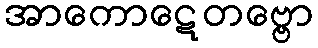
အာကောဋေတဗ္ဗော